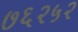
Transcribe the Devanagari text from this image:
७६२५२